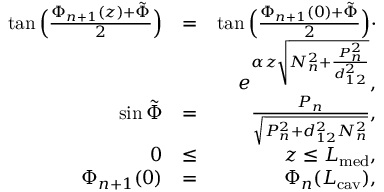
\begin{array} { r l r } { \tan \Big ( \frac { \Phi _ { n + 1 } ( z ) + \tilde { \Phi } } { 2 } \Big ) } & { = } & { \tan \Big ( \frac { \Phi _ { n + 1 } ( 0 ) + \tilde { \Phi } } { 2 } \Big ) \cdot } \\ & { } & { e ^ { \alpha z \sqrt { N _ { n } ^ { 2 } + \frac { P _ { n } ^ { 2 } } { d _ { 1 2 } ^ { 2 } } } } , } \\ { \sin \tilde { \Phi } } & { = } & { \frac { P _ { n } } { \sqrt { P _ { n } ^ { 2 } + d _ { 1 2 } ^ { 2 } N _ { n } ^ { 2 } } } , } \\ { 0 } & { \le } & { z \le L _ { \mathrm { m e d } } , } \\ { \Phi _ { n + 1 } ( 0 ) } & { = } & { \Phi _ { n } ( L _ { \mathrm { c a v } } ) , } \end{array}